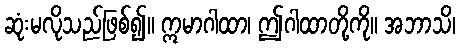
ဆုံးမလိုသည်ဖြစ်၍။ ဣမာဂါထာ၊ ဤဂါထာတို့ကို။ အဘာသိ၊